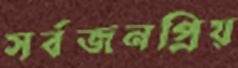
সর্বজনপ্রিয়